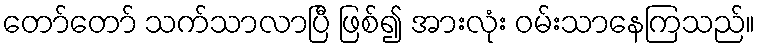
တော်တော် သက်သာလာပြီ ဖြစ်၍ အားလုံး ဝမ်းသာနေကြသည်။